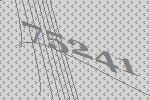
75241